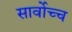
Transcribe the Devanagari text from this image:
सार्वोच्च